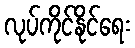
လုပ်ကိုင်နိုင်ရေး